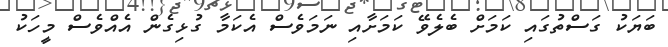
ބަޔަކު ގަސްތުގައި ކަމަށް ބެލެވޭ ކަމަށާއި ނަމަވެސް އެކަމާ ގުޅިގެން އެއްވެސް މީހަކު